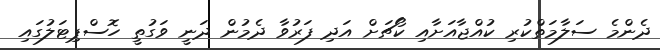
ދެންމެ ސަލާމަތްކުރި ކުއްޖާއަށާއި ކޯޗަށް އަދި ފަރުވާ ދެމުން ދަނީ ވަގުތީ ހޮސްޕިޓަލުގައި